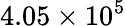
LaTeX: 4.05\times 10^{5}